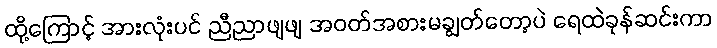
ထို့ကြောင့် အားလုံးပင် ညီညာဖျဖျ အဝတ်အစားမချွတ်တော့ပဲ ရေထဲခုန်ဆင်းကာ